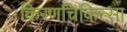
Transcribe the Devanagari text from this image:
किरणचिकित्सा